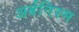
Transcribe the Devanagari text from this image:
अर्बनिस्म